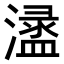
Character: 𣿍